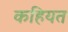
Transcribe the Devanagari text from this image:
कहियत